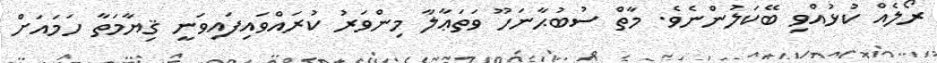
ރޯލެއް ކުޅުއްވި ބޭކަލުންނެވެ. މާތް ސުބުޙާނަހޫ ވަތަޢާލާ މިންވަރު ކުރައްވައިފައިވަނީ ޤިޔާމަތާ ހަމައަށް